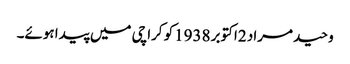
وحید مراد 2اکتوبر 1938کو کراچی میں پیدا ہوئے۔